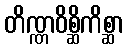
တိဏ္ဏဝိစ္ဆိကိစ္ဆာ